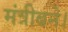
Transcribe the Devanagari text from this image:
मंत्रीबने।